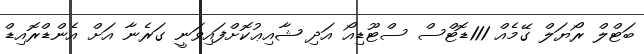
ބަޓްލް ރޯޔަލް ގޭމެއް 111ޑޮޓްސް ސްޓޫޑިއޯ އަދި ޝާއިޢުކޮށްފައިވަނީ ގަރެނާ އަށް އެންޑްރޮއިޑް